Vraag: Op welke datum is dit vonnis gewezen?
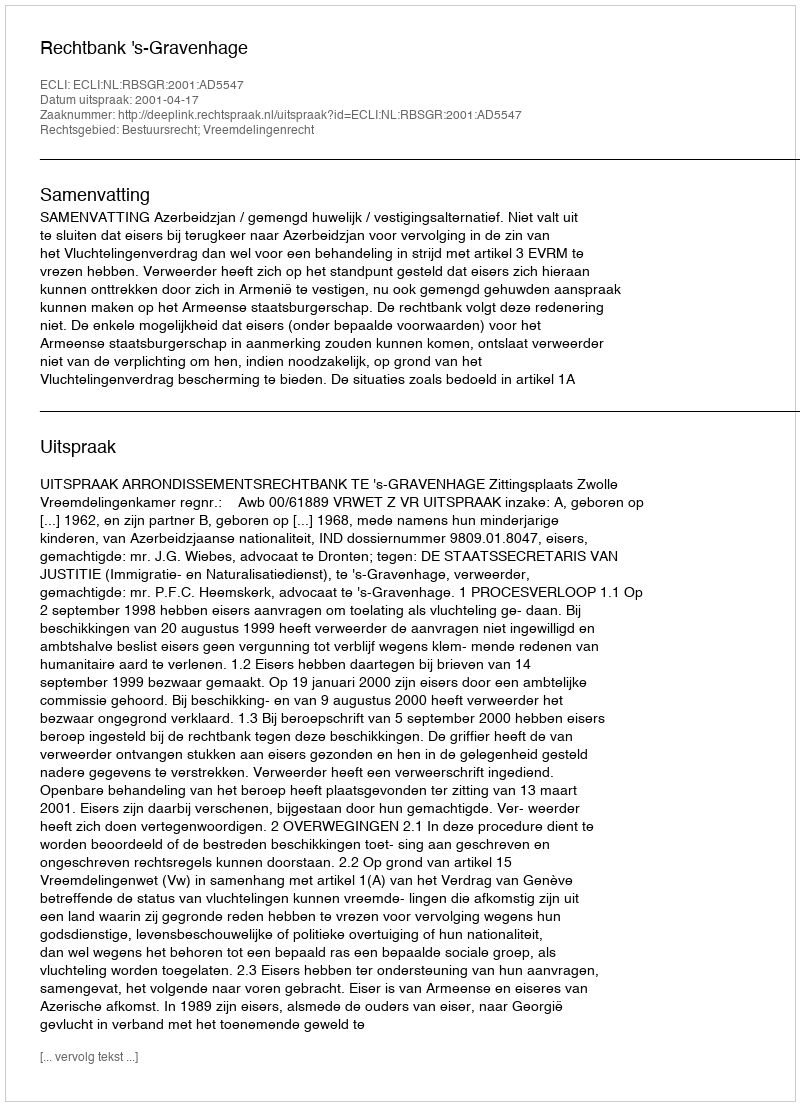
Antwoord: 2001-04-17